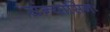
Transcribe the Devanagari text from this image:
संन्यासिनः